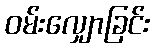
ဝမ်းလျှောခြင်း